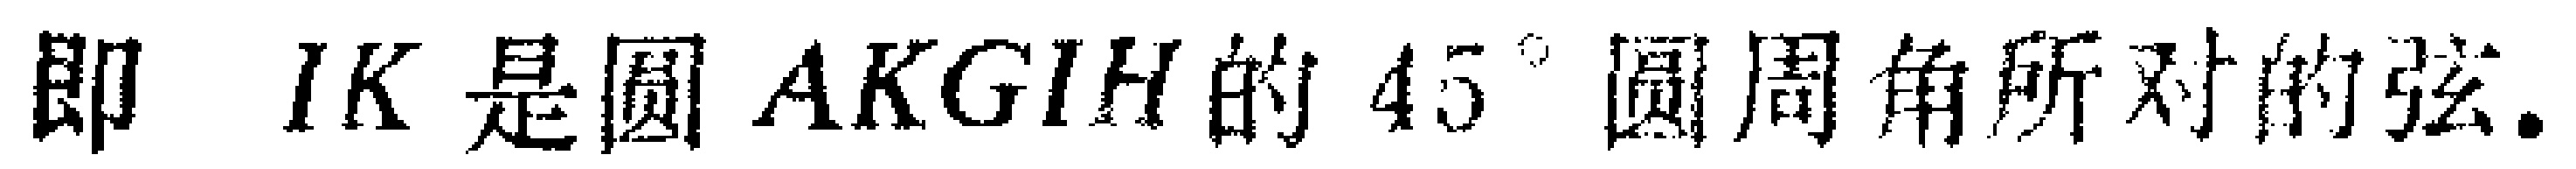
即 \(IK\) 是圆 \(AKGIH\) 的 \(45^{\circ}\) 圆周角所对的弦.